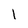
Character: l